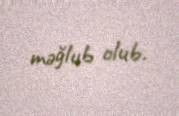
məğlub olub.